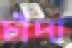
চাঁদা